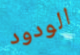
الودود